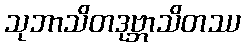
သုဘာသိတဒုဗ္ဘာသိတဿ